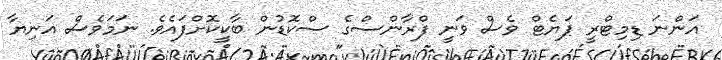
އަންނަ ޑިމިޓްރީ ޕަޔެޓް ވެސް ވަނީ ފްރާންސްގެ ސްކޮޑުން ބާކީކޮށްފައެވެ. ނަމަވެސް އަނިޔާ